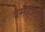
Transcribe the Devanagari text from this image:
वर्महोलों